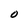
Character: O